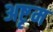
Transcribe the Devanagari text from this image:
अष्टृम